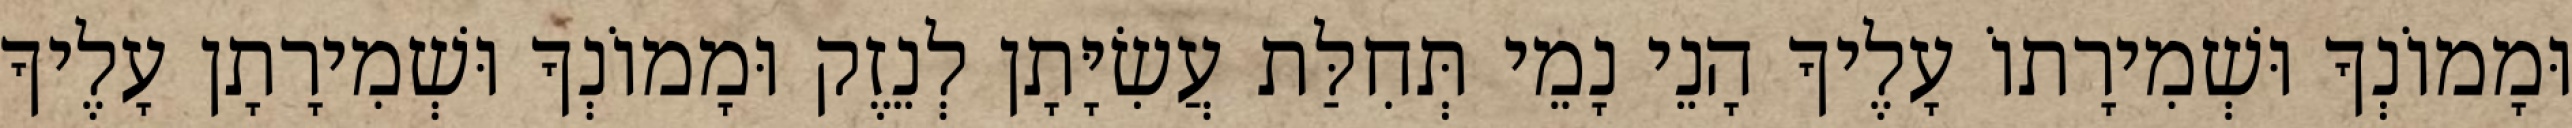
וּמָמוֹנְךָ וּשְׁמִירָתוֹ עָלֶיךָ הָנֵי נָמֵי תְּחִלַּת עֲשִׂיָּתָן לְנֵזֶק וּמָמוֹנְךָ וּשְׁמִירָתָן עָלֶיךָ